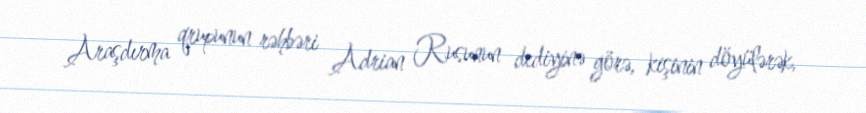
Araşdırma qrupunun rəhbəri Adrian Rusunun dediyinə görə, kişinin döyülərək,